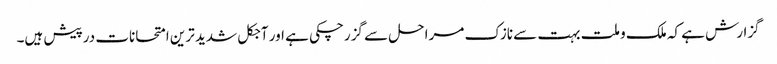
گزارش ہے کہ ملک و ملت بہت سے نازک مراحل سے گزرچکی ہے اور آجکل شدید ترین امتحانات درپیش ہیں۔